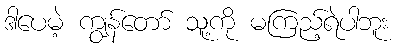
ဒါပေမဲ့ ကျွန်တော် သူ့ကို မကြည့်ရဲပါဘူး